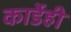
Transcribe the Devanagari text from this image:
कार्डेही